Vital statistics of India. Vol. IV, Annual returns from 1871 to 1876. British Army of India, Native Army and jails of Bengal
Year: 1871
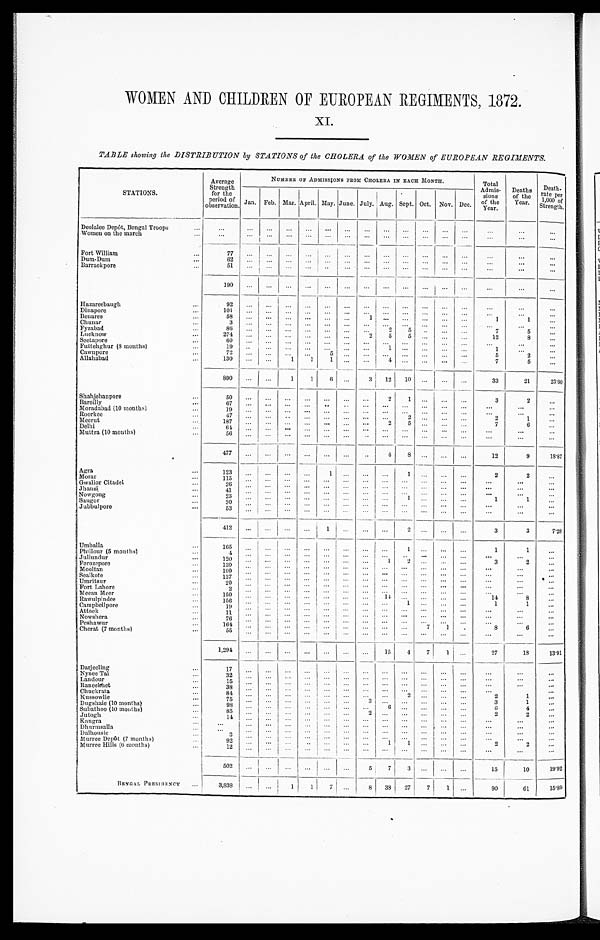
WOMEN AND CHILDREN OF EUROPEAN REGIMENTS, 1872.
XI.
TABLE showing the DISTRIBUTION by STATIONS of the CHOLERA of the WOMEN of EUROPEAN REGIMENTS.
STATIONS.
Average
Strength
for the
period of
observation.
NUMBER OF ADMISSIONS FROM CHOLERA IN EACH MONTH.
Total
Admis-
sions
of the
Year.
Deaths
of the
Year.
Death- rate per l , 0 0 0 o f S t r e n g t h .
Jan. Feb. Mar.
A p r i l . May. June. July. Aug. Sept. Oct. Nov. Dec.
Deolalee Depôt, Bengal Troops
. . . ...
...
. . . ...
. . . ...
. . .
...
...
... ...
...
. . .
. . . ...
Women on the march
...
... ...
. . . ... ...
. . .
. . .
...
... ... ...
. . . ...
...
...
Fort William
77
...
. . . ...
... ...
... ... ... ... ...
...
...
. . . ...
...
Dum Dum
62 ...
. . . . . .
. . . ...
...
. . . . . . ...
. . .
. . .
. . .
...
...
...
Barrackpore
51 ...
. . . . . .
. . .
. . . ... ... ... ... ...
... . . .
. . .
. . .
...
190 ...
. . . ... ... ...
... ... ... ... ... ... ...
...
...
. . .
Hazareebaugh
92
. . .
. . .
. . .
. . .
. . . ... ... ... ...
...
...
...
. . . ...
...
Dinapore
101
... ... ...
. . .
. . . ... ...
... ... ...
. . .
. . .
. . .
. . .
. . .
Benares
5 8 ...
. . . ... ...
...
... 1
. . . ...
...
...
. . .
1
1
...
Chunar
3
...
. . . . . . ...
. . . ...
. . . ...
. . .
. . .
. . . ...
...
... ...
Fyzabad
86
...
. . . . . .
. . . ... ... ...
2 5
...
...
. . .
7
5 ...
Lucknow
274 ...
. . . ...
... ... ...
2
5
5 ...
...
. . .
12
8 ...
Seetapore
60 ...
. . .
...
. . .
. . .
. . .
. . . . . .
. . .
. . .
. . .
. . .
. . . ...
. . .
Futtehghur (8 months)
19 ...
... ... ...
...
... ... 1 ... ...
...
. . .
1
...
. . .
Cawnpore
72
...
. . .
...
. . . 5 ... ... ... ... ...
...
. . .
5
2 ...
Allahabad
130 ...
. . .
1
1
1 ... ... 4 ...
...
... ...
7
5
...
890 ...
...
1
1
6 ... 3 12 10 ...
... ...
33
21
23.60
Shahjehanpore
50 ...
. . . ... ...
. . . ... ...
2 1
...
...
. . .
3
2
...
Bareilly
6 7 ...
. . .
...
. . .
. . . ... ...
. . .
... ...
... ...
. . .
. . . ...
Moradabad (10 months)
19 ...
. . .
...
. . .
. . .
. . . ...
. . . ... ...
...
. . .
. . .
. . .
...
Roorkee
4 7 ...
. . .
...
. . . ...
. . .
. . . . . .
2 ...
...
...
2
1
. . .
Meerut
187 ...
. . . ...
...
. . . ...
. . .
2
5 ...
... ...
7
6 ...
Delhi
6 4 ...
. . . ...
. . .
. . . ... ...
. . .
. . .
...
...
. . .
. . . ... ...
Muttra (10 months)
56
...
. . .
...
. . . . . .
. . . ... ... ... ...
...
. . .
...
. . .
. . .
477
... ... ... ... ...
...
...
4
8
...
... ...
12
9
18.87
A g r a
123 ...
. . .
... ...
1 ... ...
. . .
1
...
...
. . .
2
2
...
M o r a r
115 ...
. . .
...
. . .
. . . ... ...
. . .
. . .
...
... ...
. . .
. . . ...
Gwalior Citadel
26
...
...
. . .
. . .
. . . ... ... ... ... ... ... ...
. . .
. . . ...
Jhansi
41 ...
. . . ...
...
. . . ... ...
. . .
. . .
. . .
. . .
. . .
. . .
. . . ...
Nowgong
23 ... ... ...
... ...
...
... ... 1
...
...
. . .
1
1
...
Saugor
30 ...
. . . ... ... ...
... ... ... ... ... ... ...
. . .
. . . ...
Jubbulpore
53 ...
. . . . . . ... ...
... ... ... ... ...
...
. . .
. . .
. . . ...
4 1 2 ...
. . .
...
. . . 1
... ... ...
2 ... ... ...
3
3
7 . 2 8
Umballa
165
...
... ...
...
...
... ... ...
1 ... ...
...
1
1
. . .
Phillour (5 months)
4 ... . . . ...
. . .
. . . ... ... ...
. . . ... ...
. . .
. . .
. . .
. . .
Jullundur
120 ... . . . ...
. . .
. . . ... ...
1
2 ...
... ...
3
2
...
Ferozepore
139 ... . . .
. . .
. . . . . .
. . . ...
. . . . . . ...
...
. . .
...
. . .
...
Mooltan
109
. . . . . .
. . . . . .
. . . ...
. . .
. . .
...
. . .
. . .
. . .
. . . ...
...
Sealkote
127 ...
... ...
. . .
. . . ... ... ... ...
. . .
. . .
. . .
...
... ...
Umritsur
2 0 ...
. . .
...
. . .
. . . ... ... ... ...
... ... ...
...
...
...
Fort Lahore
2 ...
... ...
...
. . . ... ...
... ... ...
...
. . .
. . . ... ...
Meean Meer
150 ...
. . .
...
. . .
. . . ... ...
14 ... ...
... ...
14
8 ...
Rawulpindee
156 ... ... ... ...
. . . ... ... ... 1
...
...
. . .
1
1
...
Campbellpore
19 ...
. . . ... ... ...
... ... ... ... ...
...
. . .
. . .
. . . ...
Attock
11 ...
. . .
...
... ...
... ... ... ...
...
... ...
. . .
. . . ...
Nowshera
76 ...
... ... ...
...
... ... ... ... ...
...
. . .
. . .
. . .
...
Peshawur
164 ... ... ... ...
. . . ...
. . . . . . ... 7
1
. . .
8
6 ...
Cherat (7 months)
55 ...
. . .
...
. . . . . . ...
. . . . . .
. . .
... ...
...
. . . ... ...
1 , 2 9 4 ...
. . .
...
. . .
. . . ... ...
15
4
7
1 ...
27
18
13.91
Darjeeling
17 ...
. . . ... ...
. . .
. . .
. . . . . .
. . .
. . . ...
...
. . .
. . . ...
Nynee Tal
32 ...
... ...
. . .
. . . ... ... ... ... ... ...
. . .
. . . ... ...
Landour
15 ... ... ...
... ...
... ... ... ... ...
. . .
. . .
...
...
...
Raneekhet
38 ...
. . .
. . .
. . .
. . . ... ... ... ... ...
...
. . .
. . .
. . . ...
Chuckrata
84
...
. . . ...
. . .
. . .
. . .
. . . . . .
. . .
. . .
. . .
. . .
2
1
...
Kussowlie
7 5 ...
. . .
. . .
. . .
. . . ... 3
... ... ...
...
. . .
3
1 ...
Dugshaie (10 months)
98
. . .
. . . ... ... ...
... ...
6 ...
... ... ...
6
4
...
Subathoo (10 months)
85 ...
. . .
. . . ...
. . . ... 2
. . .
... ...
... ...
2
2
...
Jutogh
14 ...
. . .
. . .
. . .
. . . ... ...
. . .
... ...
...
. . .
. . .
. . .
...
Kangra
...
...
. . . ... ... ... ... ...
. . . ... ...
. . .
. . .
. . . ...
. . .
D h u r m s a l l a
...
. . .
. . . ... ...
. . . ... ... ... ...
. . . ...
. . .
. . .
. . . ...
D a l h o u s i e
3
. . . ... ... ...
... ...
... ...
... ... ... ...
. . . ...
...
Murree Depôt (7 months)
92 ...
. . .
. . .
. . .
. . . ... ... 1 1
. . . ...
. . .
2
2
...
Murree Hills (6 months)
12 ...
... ... ...
... ... ... ... ...
... ...
. . .
...
...
...
502
...
. . .
. . .
. . .
. . . ...
5
7
3 ... ...
. . .
15
10
19. 92
BENGAL PRESIDENCY
3,838
...
... 1
1
7 ... 8
38 27
7 1
...
90
61
1 5 . 8 9